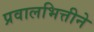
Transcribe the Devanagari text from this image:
प्रवालभित्तीने